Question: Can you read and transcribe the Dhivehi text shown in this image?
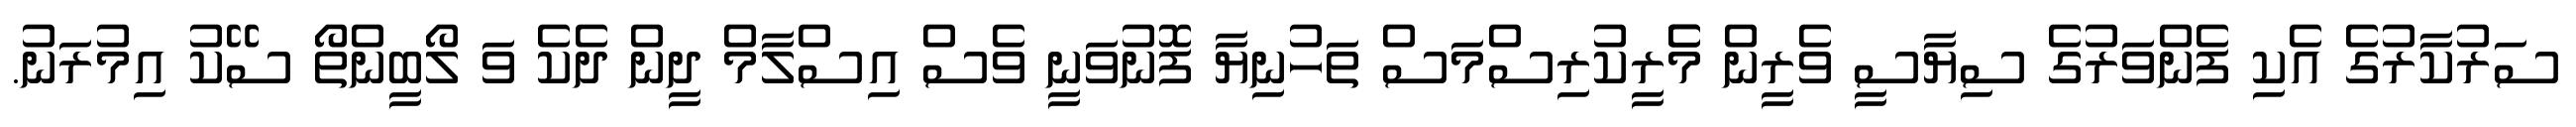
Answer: ސަރުކާރުގެ އެކި ފެންވަރުގެ ސިޔާސީ ވެރީން މެެރީކުރިސްމަސް ތަހުނިޔާ ފޮނުވަނީ ވެސް އިސްލާމް ދީން ދެކެ ވަ ލޯބީންތޯ ސޭކު އިމުރަނު.